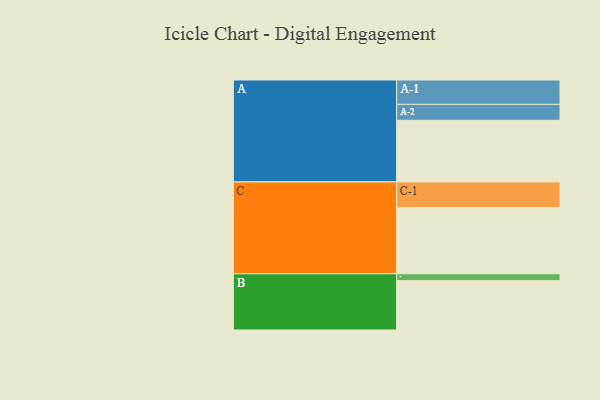
{"axis": {"x": "Segment", "y": "Value"}, "legend": ["", "A", "B", "C"], "data": [{"x": "A", "y": 448, "type": ""}, {"x": "B", "y": 359, "type": ""}, {"x": "C", "y": 481, "type": ""}, {"x": "A-1", "y": 177, "type": "A"}, {"x": "A-2", "y": 116, "type": "A"}, {"x": "B-1", "y": 50, "type": "B"}, {"x": "C-1", "y": 187, "type": "C"}]}